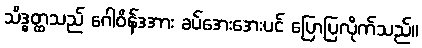
သိဒ္ဓတ္ထသည် ဂေါဝိန်ဒအား ခပ်အေးအေးပင် ပြောပြလိုက်သည်။